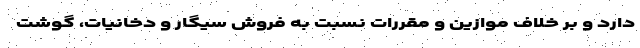
دارد و بر خلاف موازین و مقررات نسبت به فروش سیگار و دخانیات، گوشت